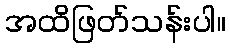
အထိဖြတ်သန်းပါ။